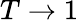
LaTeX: T\rightarrow 1